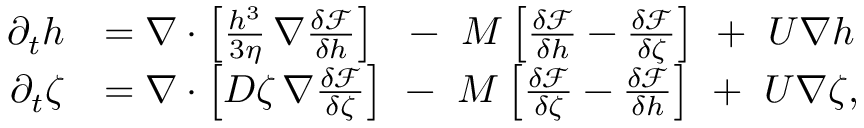
\begin{array} { r l } { \partial _ { t } h } & { = \nabla \cdot \left[ \frac { h ^ { 3 } } { 3 \eta } \, \nabla \frac { \delta \mathcal { F } } { \delta h } \right] \ \ - \ M \left[ \frac { \delta \mathcal { F } } { \delta h } - \frac { \delta \mathcal { F } } { \delta \zeta } \right] \ + \ U \nabla h } \\ { \partial _ { t } \zeta } & { = \nabla \cdot \left[ D \zeta \, \nabla \frac { \delta \mathcal { F } } { \delta \zeta } \right] \ - \ M \left[ \frac { \delta \mathcal { F } } { \delta \zeta } - \frac { \delta \mathcal { F } } { \delta h } \right] \ + \ U \nabla \zeta , } \end{array}